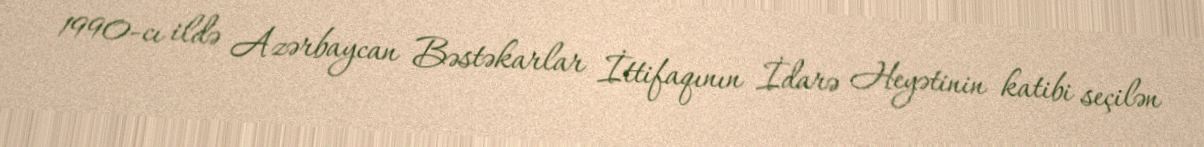
1990-cı ildə Azərbaycan Bəstəkarlar İttifaqının İdarə Heyətinin katibi seçilən